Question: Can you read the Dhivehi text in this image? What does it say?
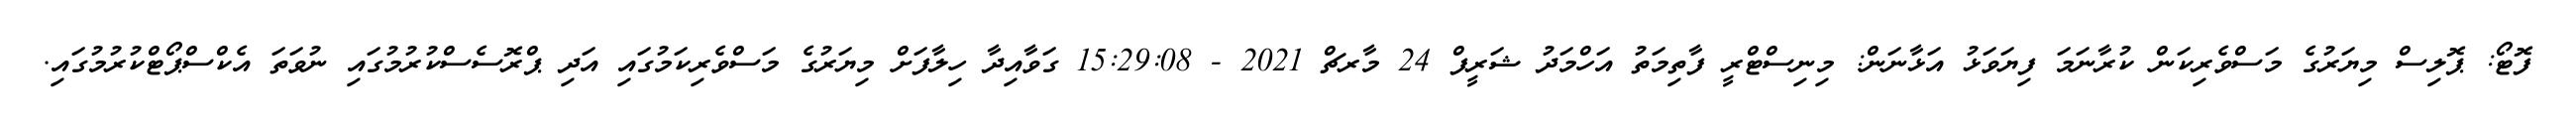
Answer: ފޮޓޯ: ޕޮލިސް މިޔަރުގެ މަސްވެރިކަން ކުރާނަމަ ފިޔަވަޅު އަޅާނަން: މިނިސްޓްރީ ފާތިމަތު އަހްމަދު ޝަރީފް 24 މާރޗް 2021 - 15:29:08 ގަވާއިދާ ހިލާފަށް މިޔަރުގެ މަސްވެރިކަމުގައި އަދި ޕްރޮސެސްކުރުމުގައި ނުވަތަ އެކްސްޕޯޓްކުރުމުގައި.